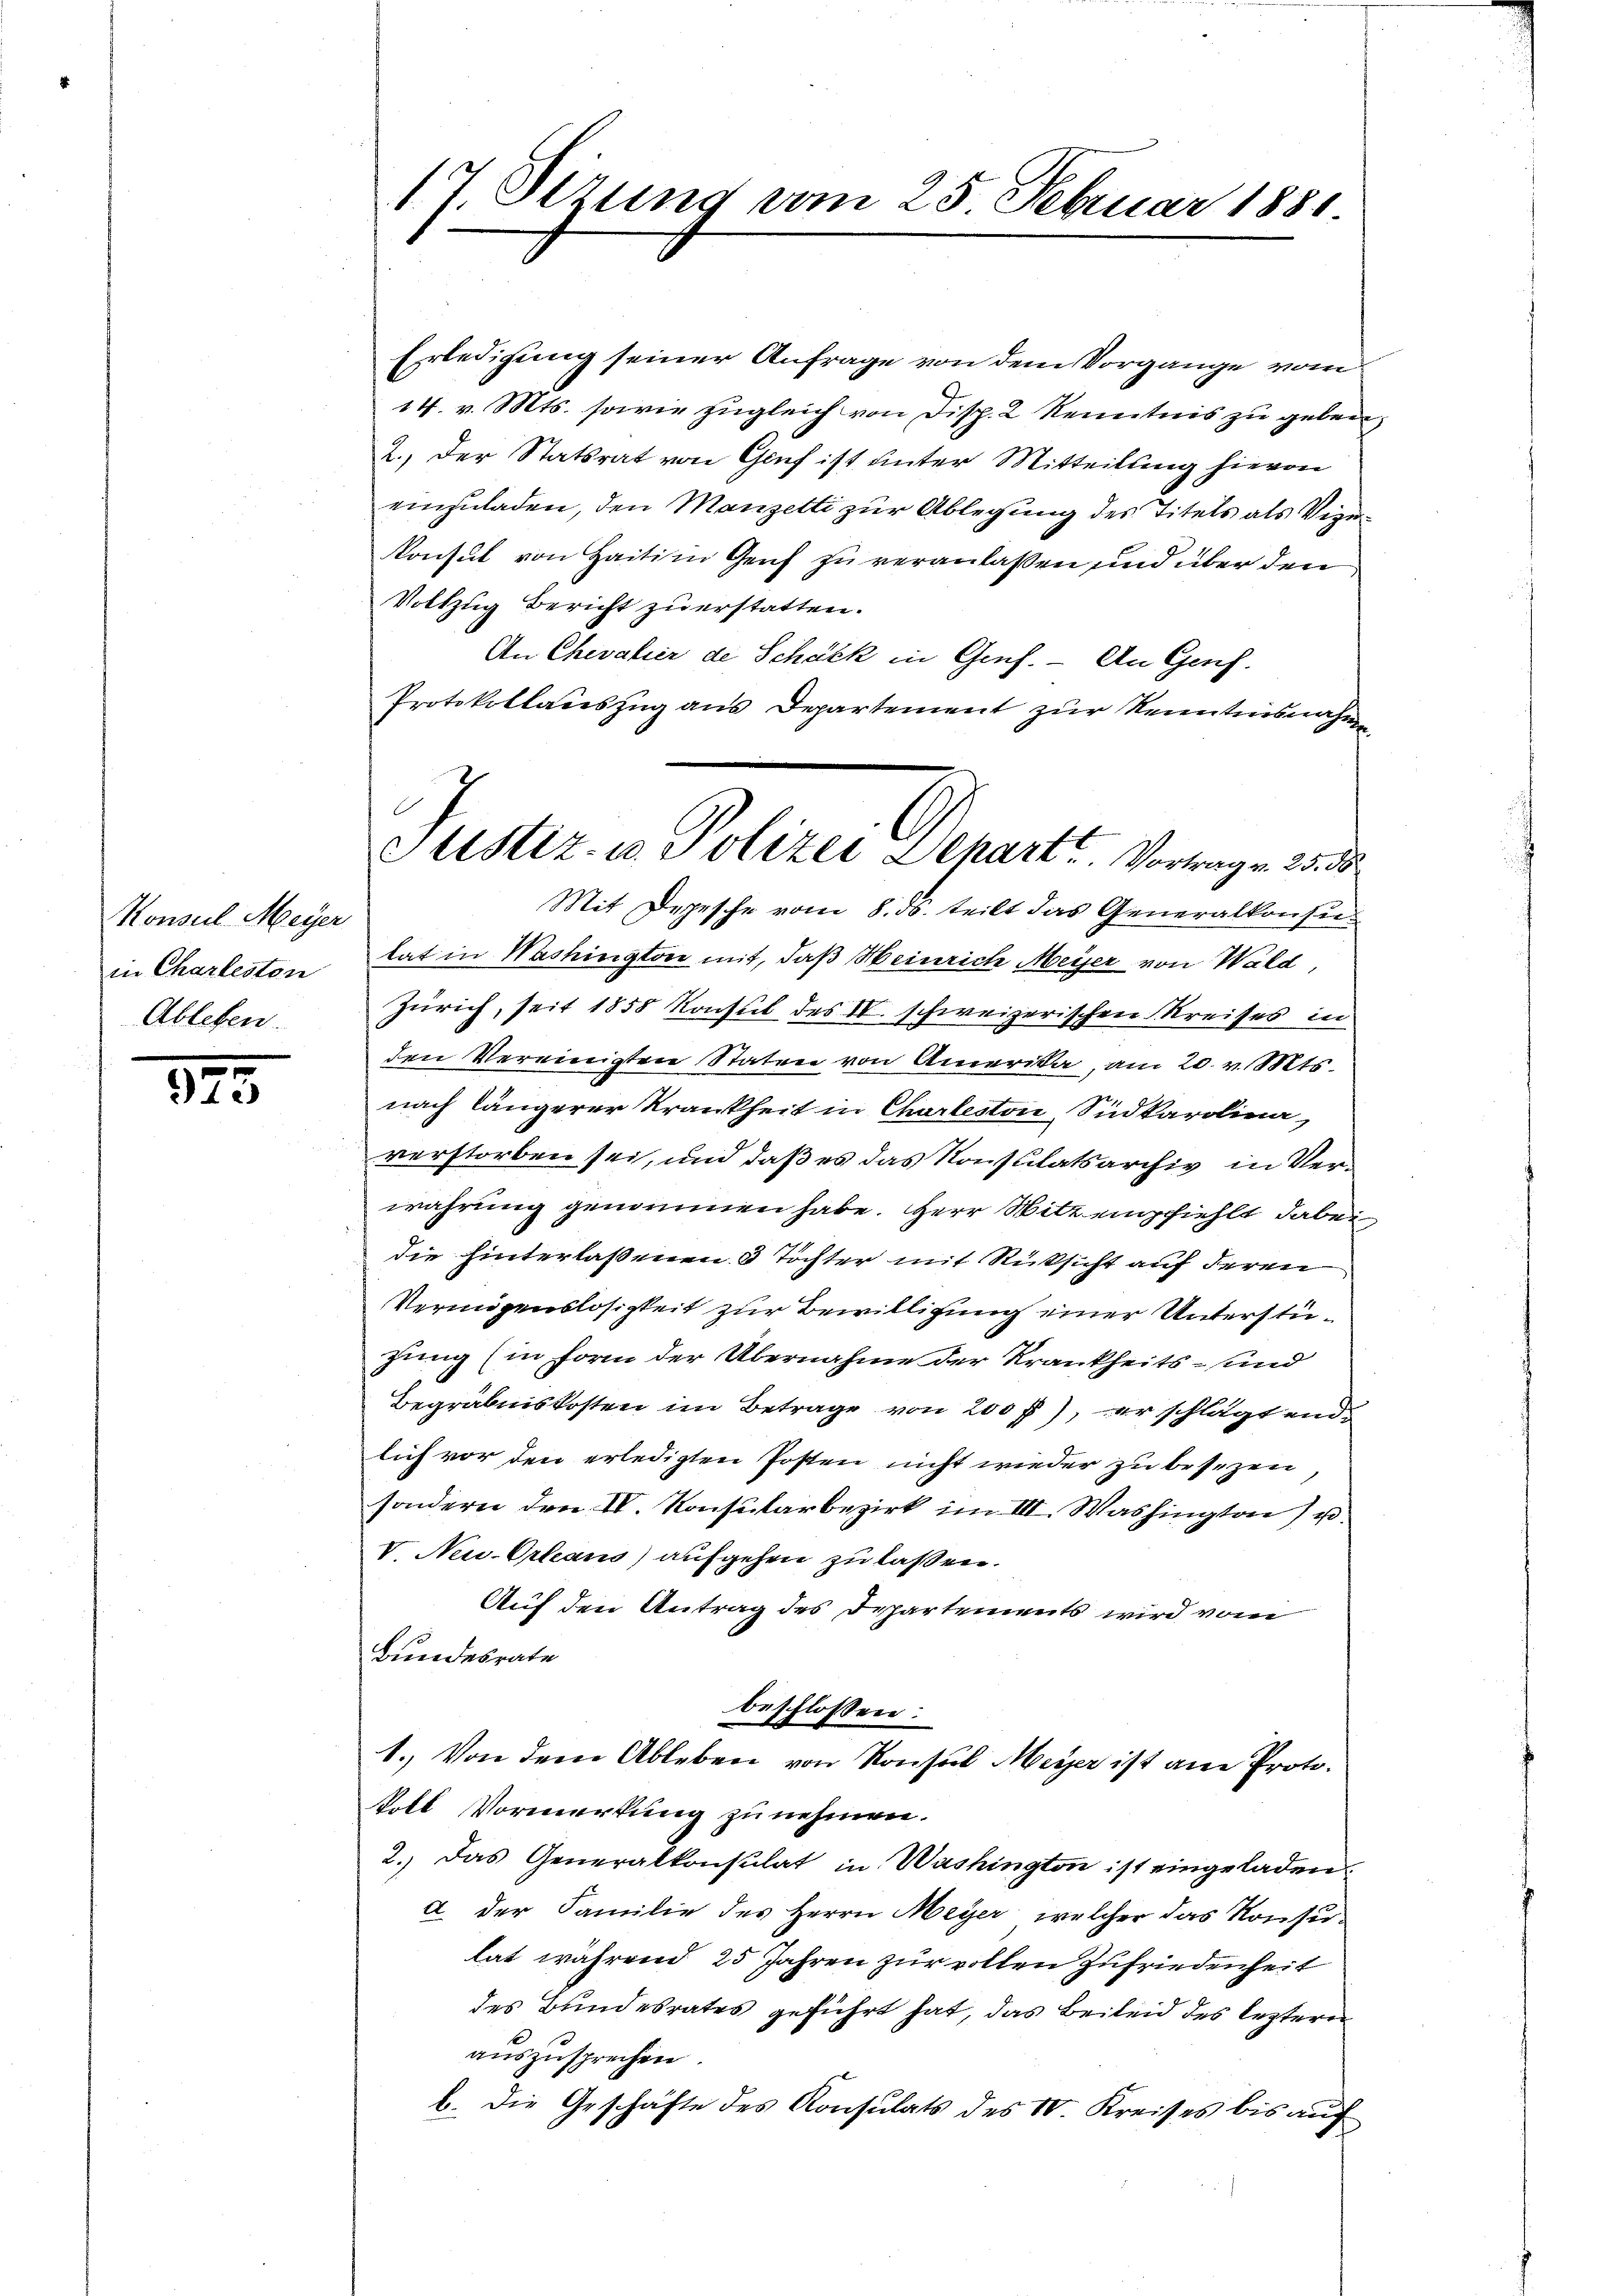
Konsul Meyer
in Charleston
Ableben.

975

17. Sizung vom 25. Februar 1881

Erledigung seiner Anfrage von dem Vorgänge vom
14. v. Mts. sowie zugleich von Disp. 2 Kenntnis zu geben,
2., der Statsrat von Genf ist unter Mitteilung hievon
einzuladen, den Manzelti zur Ablegung des Titels als Vize¬
Konsul von Haitin Genf zu veranlassen und über den
Vollzug Bericht zu erstatten.
An Chevalier de Schäzk in Genf. - An Genf.
Protokollaŭszŭg ans Departement zŭr Kenntnisnahm
Mit Depesche vom 8. ds. teilt das Generalkonsutat in Washington mit, daß Heinrich Meyer von Wald,
Zürich, seit 1858 Konsul des IV. schweizerischen Kreises in
den Vereinigten Staten von Amerika, am 20. v. Mts.
nach längerer Krankheit in Charleston Südkarolina,
verstorben sei, und daß es das Konsulatsarchiv in Verwahrung genommen habe. Herr Witt empfiehlt dabei
die hinterlassenen 3 Töchter mit Rücksicht auf deren
Vermögenslosigkeit zur Bewilligung einer Unterstüzung (in Form der Übernahme der Krankheits- und
Begräbniskosten im Betrage von 200 f.), er schlagtend.
lich vor den erledigten Posten nicht wieder zu besezen
sondern den IV. Konsularbezirk im III. Washington) u.
V. Neu Orleans aufgehen zu laßen.
Auf den Antrag des Departements wird vom
Bundesrate
beschlossen:
1. Von dem Ableben von Konsul Meyer ist am Protokoll Vormerkung zu nehmen.
2.) Das Generalkonsulat in Washington ist eingeladen
a. der Familie des Herrn Meyer, welcher das Konsulat während 25 Jahren zur vollen Zufriedenheit
des Bundesrates geführt hat, das Beileid des lezteren
auszusprechen.
b. Die Geschäfte des Konsulats des IV. Kreises bis auch

Justiz- u. Polizei Depart. Vortrag v. 25. ds.